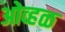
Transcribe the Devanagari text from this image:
ओव्हळ